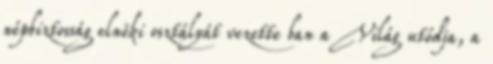
népbiztosság elnöki osztályát vezette ban a Világ utódja, a